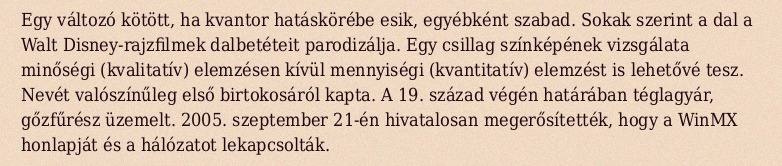
Egy változó kötött, ha kvantor hatáskörébe esik, egyébként szabad. Sokak szerint a dal a Walt Disney-rajzfilmek dalbetéteit parodizálja. Egy csillag színképének vizsgálata minőségi (kvalitatív) elemzésen kívül mennyiségi (kvantitatív) elemzést is lehetővé tesz. Nevét valószínűleg első birtokosáról kapta. A 19. század végén határában téglagyár, gőzfűrész üzemelt. 2005. szeptember 21-én hivatalosan megerősítették, hogy a WinMX honlapját és a hálózatot lekapcsolták.